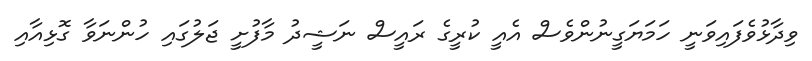
ވިދާޅުވެފައިވަނީ ހަމަޔަގީނުންވެސް އެއީ ކުރީގެ ރައީސް ނަޝީދު މާފުށީ ޖަލުގައި ހުންނަވާ ގޮޅިއާއި